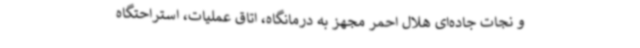
و نجات جاده‌ای هلال احمر مجهز به درمانگاه، اتاق عملیات، استراحتگاه